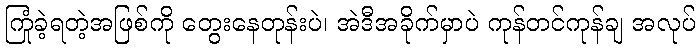
ကြုံခဲ့ရတဲ့အဖြစ်ကို တွေးနေတုန်းပဲ၊ အဲဒီအခိုက်မှာပဲ ကုန်တင်ကုန်ချ အလုပ်